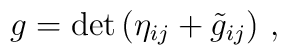
g = {\rm det}\left (\eta_{ij} + {\tilde g}_{ij}\right )\, ,